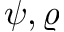
\psi , \varrho